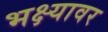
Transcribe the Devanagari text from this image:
भक्ष्यावर